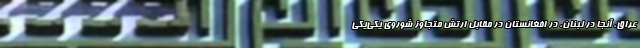
عراق، آنجا در لبنان، در افغانستان در مقابل ارتش متجاوز شوروی یکی‌یکی